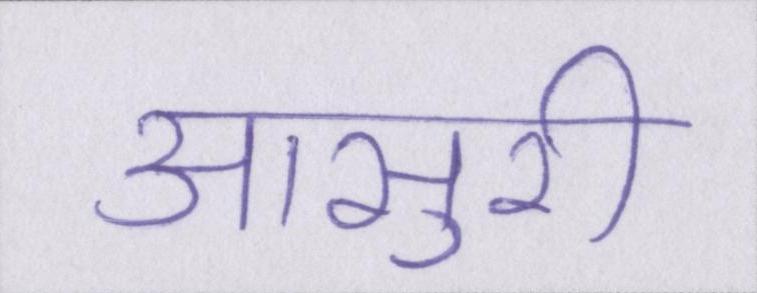
आसुरी